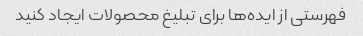
فهرستی از ایده‌ها برای تبلیغ محصولات ایجاد کنید